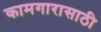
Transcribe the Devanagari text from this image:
कामगारासाठी